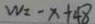
W = - x + 4 8